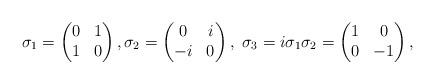
LaTeX: \begin{align*}\sigma_1=\begin{pmatrix}0&1\\ 1&0\end{pmatrix}, \sigma_2=\begin{pmatrix}0&i\\ -i&0\end{pmatrix},\ \sigma_3=i\sigma_1\sigma_2=\begin{pmatrix}1&0\\0&-1\end{pmatrix},\end{align*}